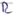
Text: R